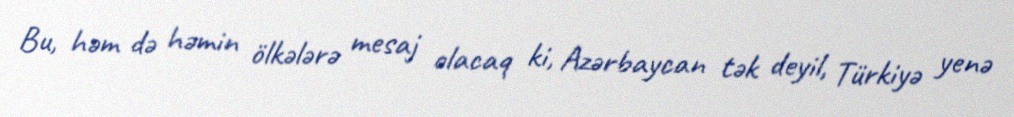
Bu, həm də həmin ölkələrə mesaj olacaq ki, Azərbaycan tək deyil, Türkiyə yenə